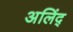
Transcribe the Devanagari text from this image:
अलिंद्